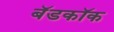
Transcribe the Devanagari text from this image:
बॅडकॉक